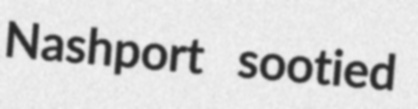
Nashport sootied